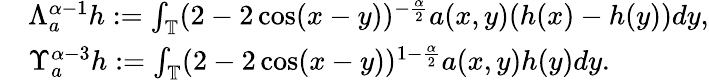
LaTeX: \begin{array}{rl}&{\Lambda_{a}^{\alpha-1}h:=\int_{\mathbb{T}}(2-2\cos(x-y))^{-\frac{\alpha}{2}}a(x,y)(h(x)-h(y))dy,}\\ &{\Upsilon_{a}^{\alpha-3}h:=\int_{\mathbb{T}}(2-2\cos(x-y))^{1-\frac{\alpha}{2}}a(x,y)h(y)dy.}\end{array}